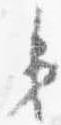
第